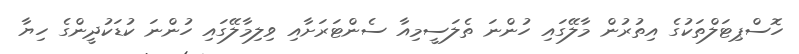
ހޮސްޕިޓަލްތަކުގެ އިތުރުން މާލޭގައި ހުންނަ ތެލަސީމިއާ ސެންޓަރަށާއި ވިލިމާލޭގައި ހުންނަ ކުޑަކުދީންގެ ހިޔާ